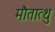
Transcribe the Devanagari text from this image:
मौतात्थु